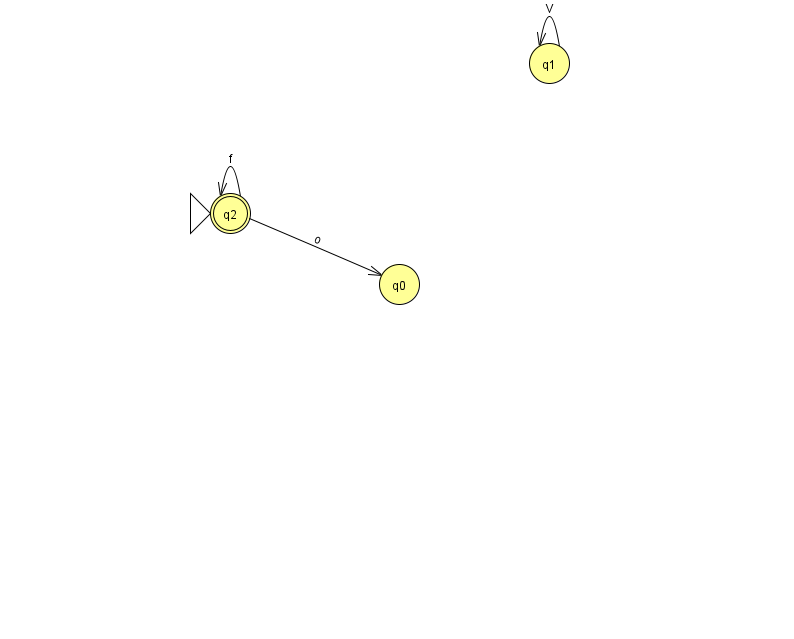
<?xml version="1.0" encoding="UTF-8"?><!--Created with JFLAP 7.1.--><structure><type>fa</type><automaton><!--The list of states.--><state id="0" name="q0"><x>399.0</x><y>271.0</y></state><state id="1" name="q1"><x>549.0</x><y>50.0</y></state><state id="2" name="q2"><x>230.0</x><y>200.0</y><initial/><final/></state><!--The list of transitions.--><transition><from>2</from><to>0</to><read>o</read></transition><transition><from>1</from><to>1</to><read>V</read></transition><transition><from>2</from><to>2</to><read>f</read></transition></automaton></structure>